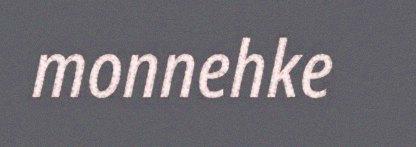
monnehke